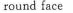
round face